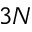
3 N